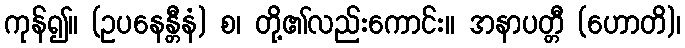
ကုန်၍။ (ဥပနေန္တီနံ) စ၊ တို့၏လည်းကောင်း။ အနာပတ္တီ (ဟောတိ)၊